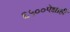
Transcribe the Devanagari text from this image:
६५००पेक्षाही